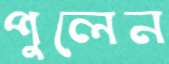
পুলেন